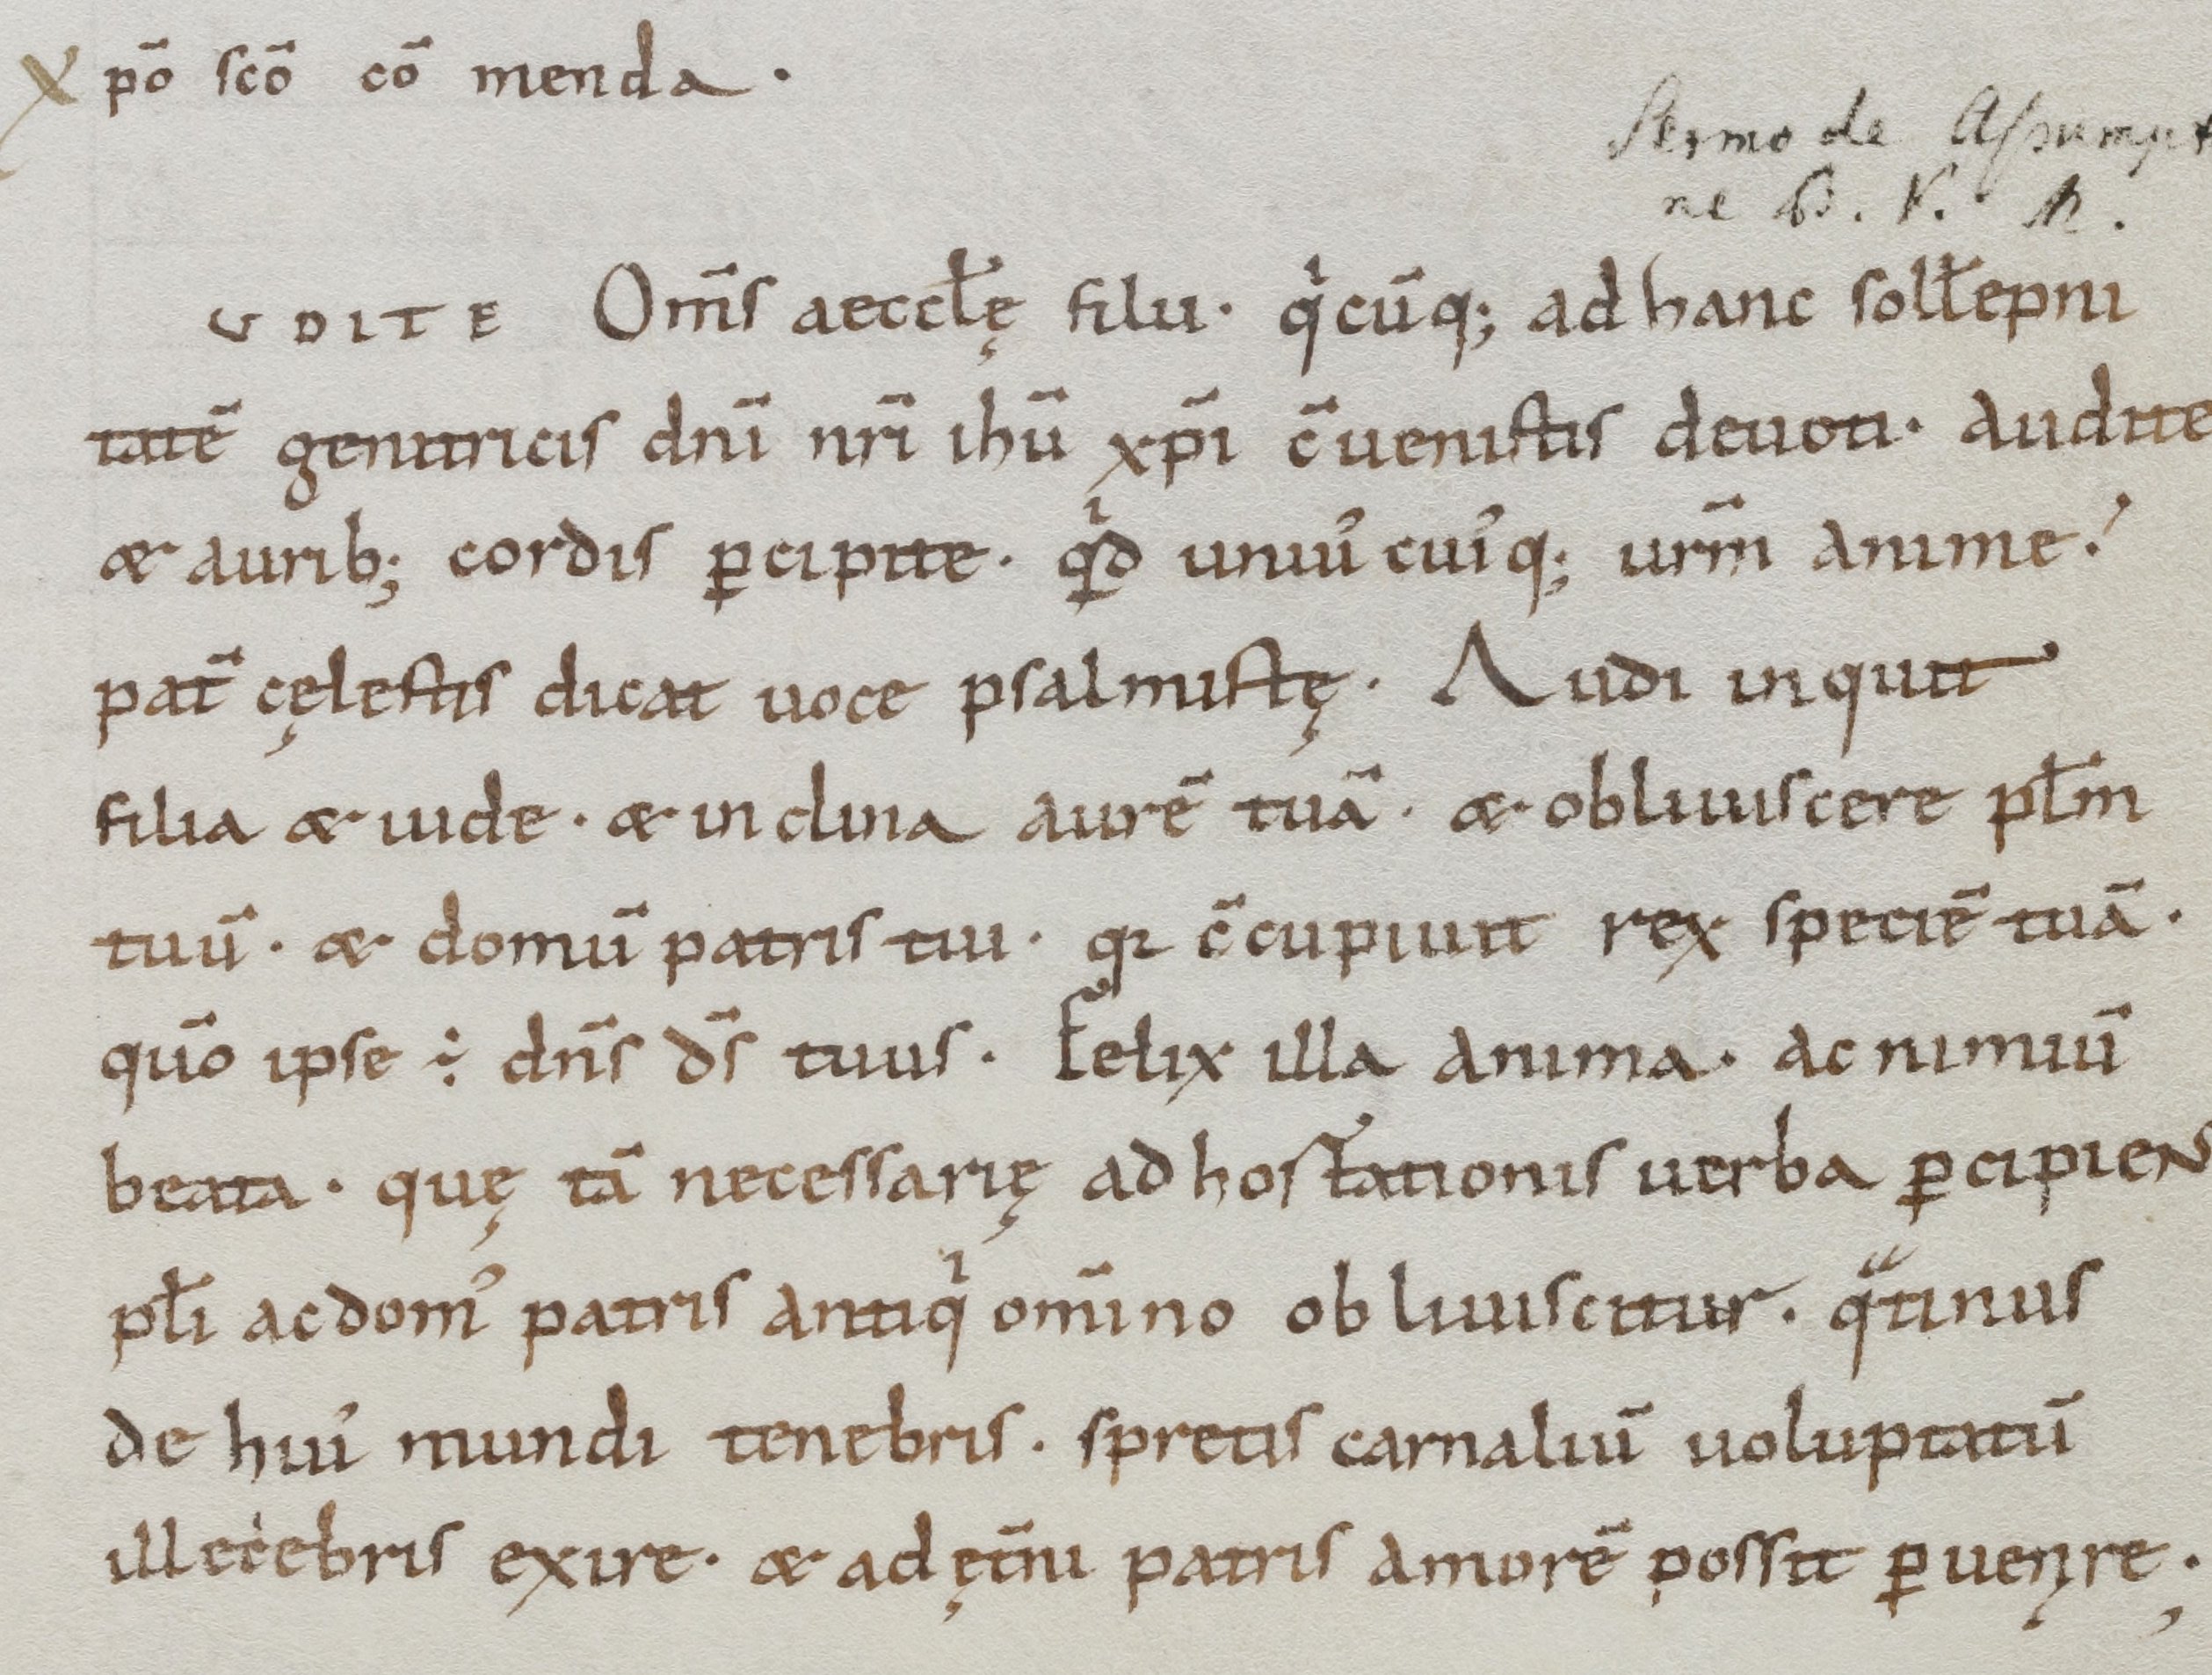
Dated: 1000–1099